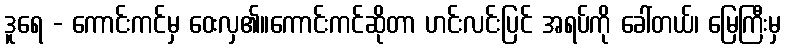
ဒူရေ - ကောင်းကင်မှ ဝေးလှ၏။ကောင်းကင်ဆိုတာ ဟင်းလင်းပြင် အရပ်ကို ခေါ်တယ်၊ မြေကြီးမှ